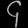
Digit: ၄